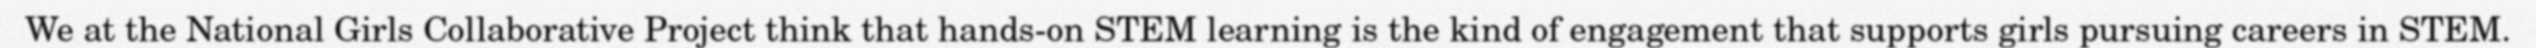
We at the National Girls Collaborative Project think that hands-on STEM learning is the kind of engagement that supports girls pursuing careers in STEM.